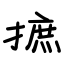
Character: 摭